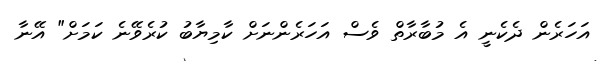
އަހަރެން ދެކެނީ އެ މުބާރާތް ވެސް އަހަރެންނަށް ކާމިޔާބު ކުރެވޭނެ ކަމަށް" އޭނާ